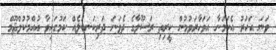
ވަނަ އަހަރު އެކަމަނާ އަވަހާރަވުމުން ކީރިތި ރަސޫލާގެ ދެވަނަ ދަރިކަނބަލެއް ކަމުގައިވާ އުއްމުކުލްޘޫމް